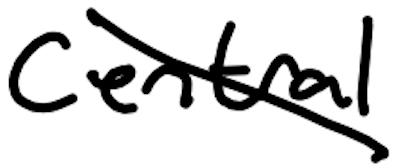
Text: central
Cross-out: diagonal
Writing tool: digital_black